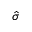
\hat { \sigma }